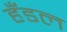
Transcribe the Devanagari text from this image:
हँडल